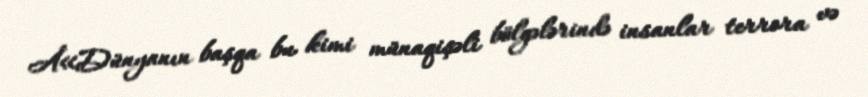
Â«Dünyanın başqa bu kimi münaqişəli bölgələrində insanlar terrora və